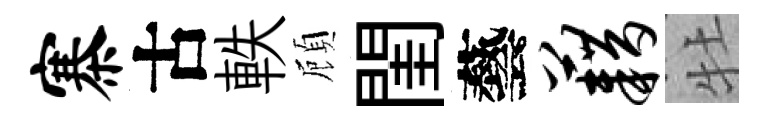
寨古軼頋閨藝藉牡